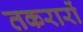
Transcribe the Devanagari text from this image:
तकरारों